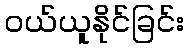
ဝယ်ယူနိုင်ခြင်း